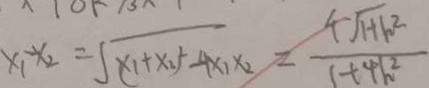
x _ { 1 } - x _ { 2 } = \sqrt { ( x _ { 1 } + x _ { 2 } ) ^ { 2 } - 4 x _ { 1 } x _ { 2 } } = \frac { 4 \sqrt { 1 + h ^ { 2 } } } { 1 + 4 h ^ { 2 } }